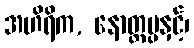
အဟိရိက, နောတ္တပ္ပနှင့်၊